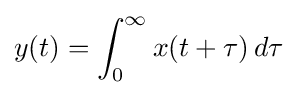
y(t)=\int _{0}^{\infty }x(t+\tau )\,d\tau